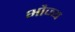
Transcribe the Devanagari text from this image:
भौज्य